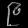
Digit: ၉